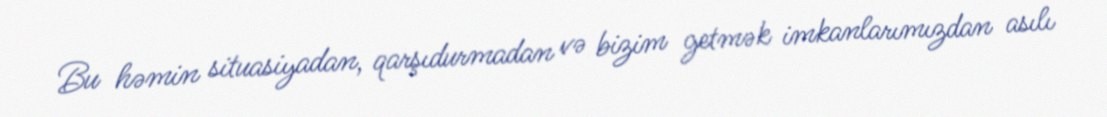
Bu həmin situasiyadan, qarşıdurmadan və bizim getmək imkanlarımızdan asılı